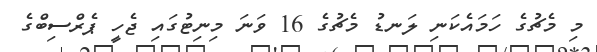
މި މެޗުގެ ހަމައެކަނި ލަނޑު މެޗުގެ 16 ވަނަ މިނިޓުގައި ޖެހީ ޕެރްސިބްގެ